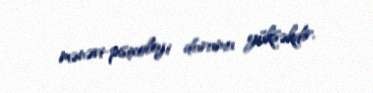
mənəvi-psixoloji durumu yüksəkdir.